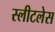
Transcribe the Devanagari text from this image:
स्लीटलेस